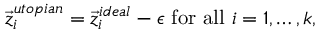
{ \vec { z } } _ { i } ^ { u t o p i a n } = { \vec { z } } _ { i } ^ { i d e a l } - \epsilon { \mathrm { ~ f o r ~ a l l ~ } } i = 1 , \ldots , k ,